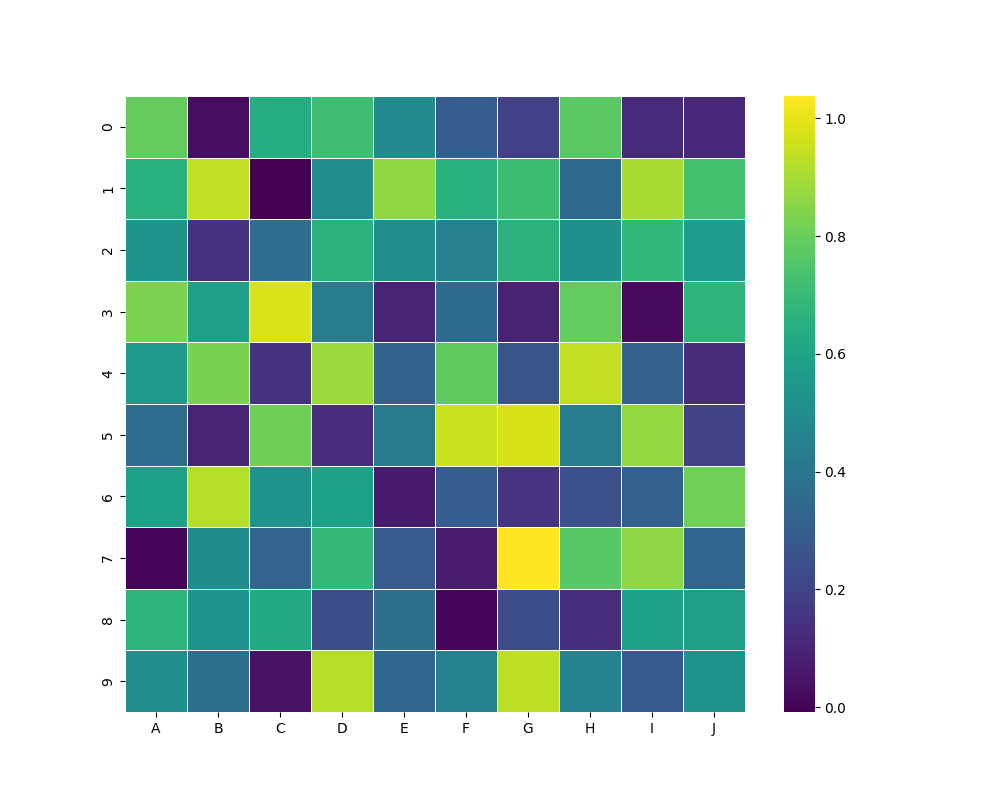
python, seaborn, heatmap, cmap='viridis', linewidths=0.5, center=none